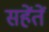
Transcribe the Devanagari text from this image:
सहेंतें